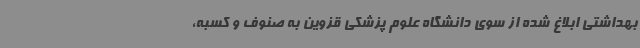
بهداشتی ابلاغ شده از سوی دانشگاه علوم پزشکی قزوین به صنوف و کسبه،